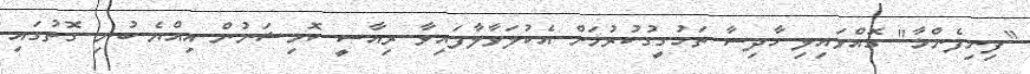
"ފިނިފެންމާ" ގޮއްވައިލި ހާދިސާ ތަހުގީގުކުރުމަށް އެކުލަވާލާފައިވާ ރިއާސީ ކޮމިޝަނުން އިއްޔެ ބުނި ގޮތުގައި